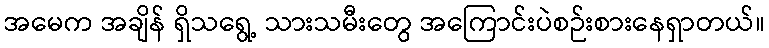
အမေက အချိန် ရှိသရွေ့ သားသမီးတွေ အကြောင်းပဲစဉ်းစားနေရှာတယ်။